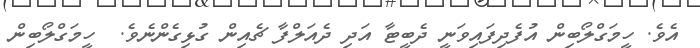
އެވެ. ހީމަގްލޯބިން އުފެދިފައިވަނީ ދެބީޓާ އަދި ދެއަލްފާ ޗެއިން ގުޅިގެންނެވެ.  ހީމަގްލޯބިން